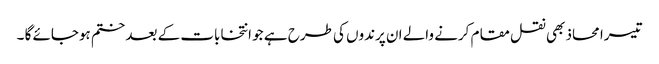
تیسرا محاذ بھی نقل مقام کرنے والے ان پرندوں کی طرح ہے جو انتخابات کے بعد ختم ہوجائے گا ۔